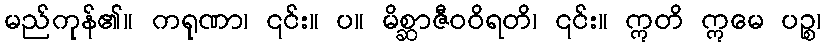
မည်ကုန်၏။ ကရုဏာ၊ ၎င်း။ ပ။ မိစ္ဆာဇီဝဝိရတိ၊ ၎င်း။ ဣတိ ဣမေ ပဉ္စ၊